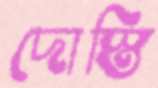
দোস্তি